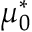
\mu _ { 0 } ^ { * }